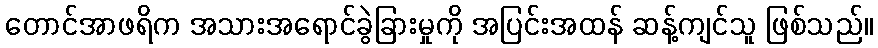
တောင်အာဖရိက အသားအရောင်ခွဲခြားမှုကို အပြင်းအထန် ဆန့်ကျင်သူ ဖြစ်သည်။